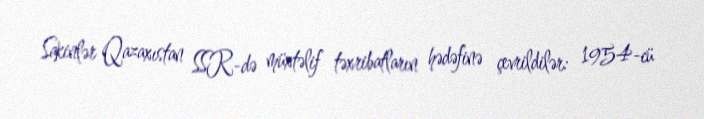
Sakinlər Qazaxıstan SSR-də müxtəlif təxribatların hədəfinə çevrildilər: 1954-cü